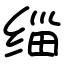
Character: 缁